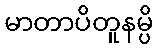
မာတာပိတူနမ္ပိ